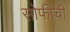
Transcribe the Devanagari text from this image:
सोफीची